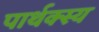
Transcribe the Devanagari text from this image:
पार्थक्स्य